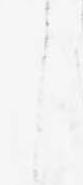
し